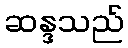
ဆန္ဒသည်